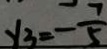
y _ { 3 } = - \frac { 7 } { 5 }